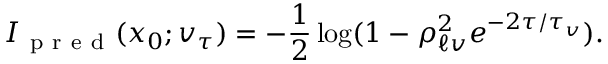
I _ { \mathrm { ~ p ~ r ~ e ~ d ~ } } ( x _ { 0 } ; v _ { \tau } ) = - \frac { 1 } { 2 } \log ( 1 - \rho _ { \ell v } ^ { 2 } e ^ { - 2 \tau / \tau _ { v } } ) .